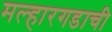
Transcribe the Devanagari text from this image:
मल्हारगडाची